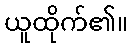
ယူထိုက်၏။